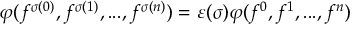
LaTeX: \varphi ( f ^ { \sigma ( 0 ) } , f ^ { \sigma ( 1 ) } , . . . , f ^ { \sigma ( n ) } ) = \varepsilon ( \sigma ) \varphi ( f ^ { 0 } , f ^ { 1 } , . . . , f ^ { n } )